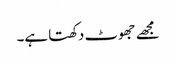
مجھے جھوٹ دکھتا ہے۔